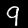
Digit: 9